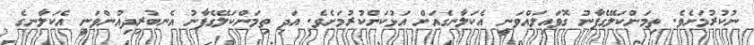
ނުކުރުމަށެވެ. ތިމަންކަލޭގެފާނު ގޮވައިލައްވަނީ އެކަލާނގެއަށް އަޅުކަންކުރުމަށެވެ. އަދި ތިމަންކަލޭގެފާނު އެނބުރިދިއުންވަނީ އެކަލާނގެ